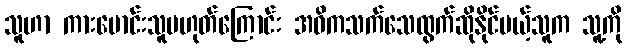
သူဟာ ကားမောင်းသူမဟုတ်ကြောင်း အဓိကသက်သေထွက်ဆိုနိုင်မယ့်သူက သူ့ကို